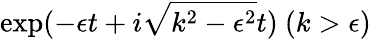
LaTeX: \mathrm{exp}(-\epsilon t+i\sqrt{k^{2}-\epsilon^{2}}t)\ (k>\epsilon)